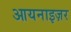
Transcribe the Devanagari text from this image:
आयनाइज़र